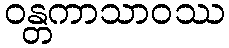
ဝန္တကာသာဝဿ